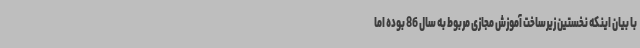
با بیان اینکه نخستین زیرساخت آموزش مجازی مربوط به سال 86 بوده اما